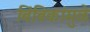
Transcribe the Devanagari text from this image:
बिंबिकांमुळे